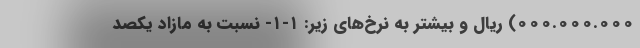
۰۰۰.۰۰۰.۰۰۰) ریال و بیشتر به نرخ‌های زیر: ۱-۱- نسبت به مازاد یکصد